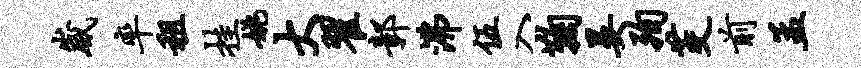
崴率租挂姚大翟鄣沸伍入鞠晏殉茭前孟